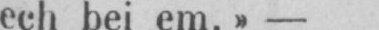
ech bei em.» -